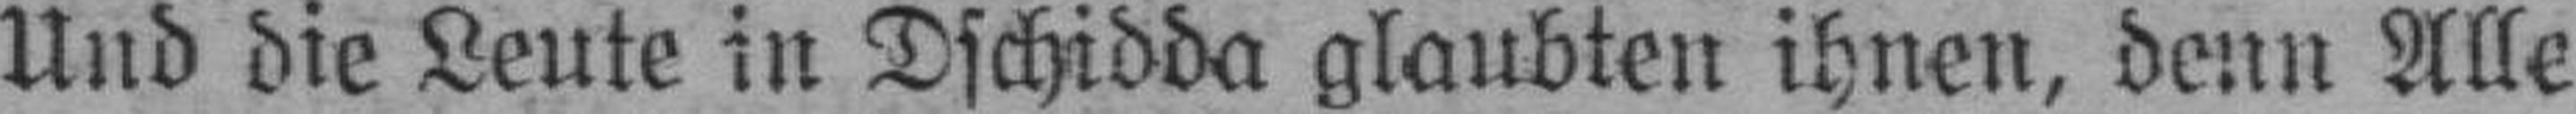
Und die Leute in Dschidda glaubten ihnen, denn Alle